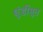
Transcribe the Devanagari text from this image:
धुंडीसुत